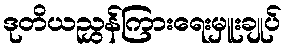
ဒုတိယညွှန်ကြားရေးမှူးချုပ်